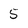
Character: 5